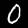
Digit: 0